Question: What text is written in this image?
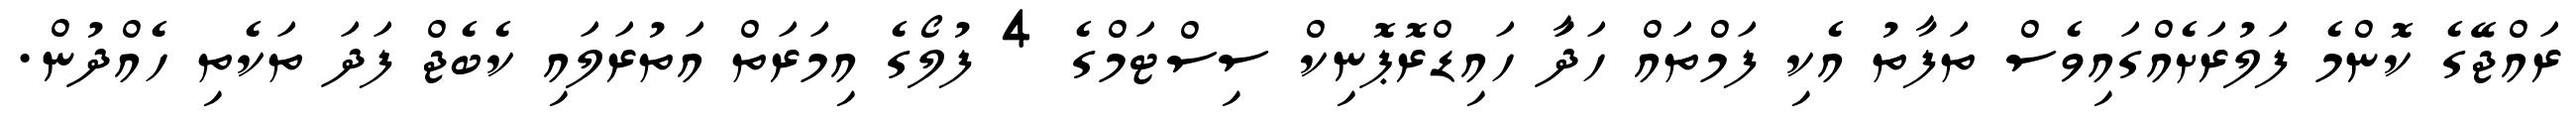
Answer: ރައްޖޭގެ ކޮންމެ ފަލުރަށެއްގައިވެސް ތަފާތު އެކި ފަމްތައް ހަދަާ ހައިޑްރޮޕޮނިކް ސިސްޓަމްގެ 4 ފުލޯގެ އިމަރަތް އަތުރަލައި ކެބެޖް ފަދަ ތަކެތި ހެއްދުން.